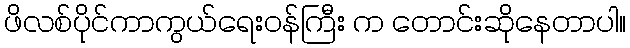
ဖိလစ်ပိုင်ကာကွယ်ရေးဝန်ကြီး က တောင်းဆိုနေတာပါ။